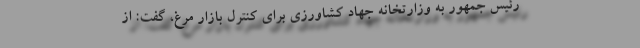
رئیس جمهور به وزارتخانه جهاد کشاورزی برای کنترل بازار مرغ، گفت: از